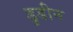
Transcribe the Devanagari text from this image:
डुडीन